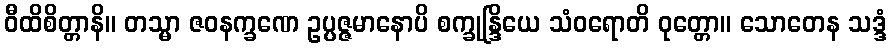
ဝီထိစိတ္တာနိ။ တသ္မာ ဇဝနက္ခဏေ ဥပ္ပဇ္ဇမာနောပိ စက္ခုန္ဒြိယေ သံဝရောတိ ဝုတ္တော။ သောတေန သဒ္ဒံ